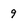
Character: 9